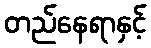
တည်နေရာနှင့်